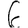
Digit: 6